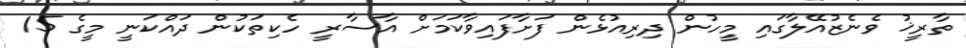
ތާރީޚު ވެނެޒުއޭލާގައި މީހުން ދިރިއުޅެން ފަށާފައިވާކަމަށް އާސާރީ ހެކިތަކުން ދައްކަނީ މީގެ 15